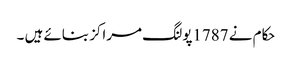
حکام نے 1787پولنگ مراکز بنائے ہیں ۔